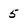
Character: 5